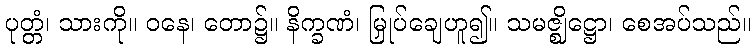
ပုတ္တံ၊ သားကို။ ဝနေ၊ တော၌။ နိက္ခဏံ၊ မြှုပ်ချေဟူ၍။ သမဇ္ဈိဋ္ဌော၊ စေအပ်သည်။